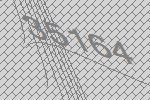
35164